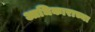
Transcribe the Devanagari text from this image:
आधिकाराच्या